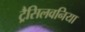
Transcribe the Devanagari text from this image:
ट्रैसिलवनिया